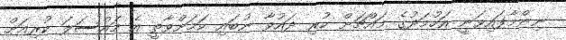
ނިންމާފައިވަނީ އަހުމަދުގެ މައްޗަށް ކުރި ދައުވާ ނުބައި ކަމަށްވާތީ އެ މައްސަލަ ކުރިއަށް